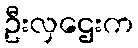
ဦးလှဌေးက